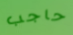
حاجب